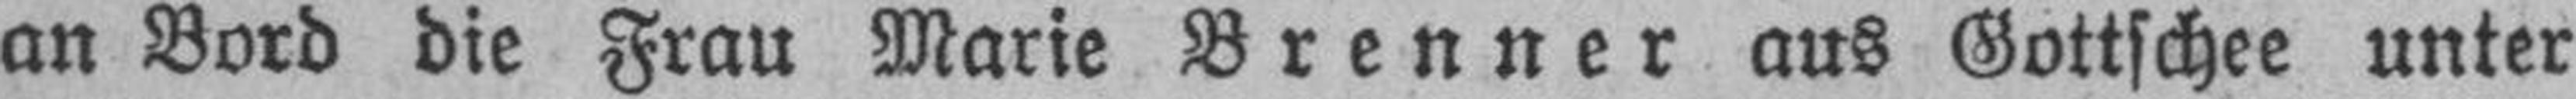
an Bord die Frau Marie Brenner aus Gottschee unter